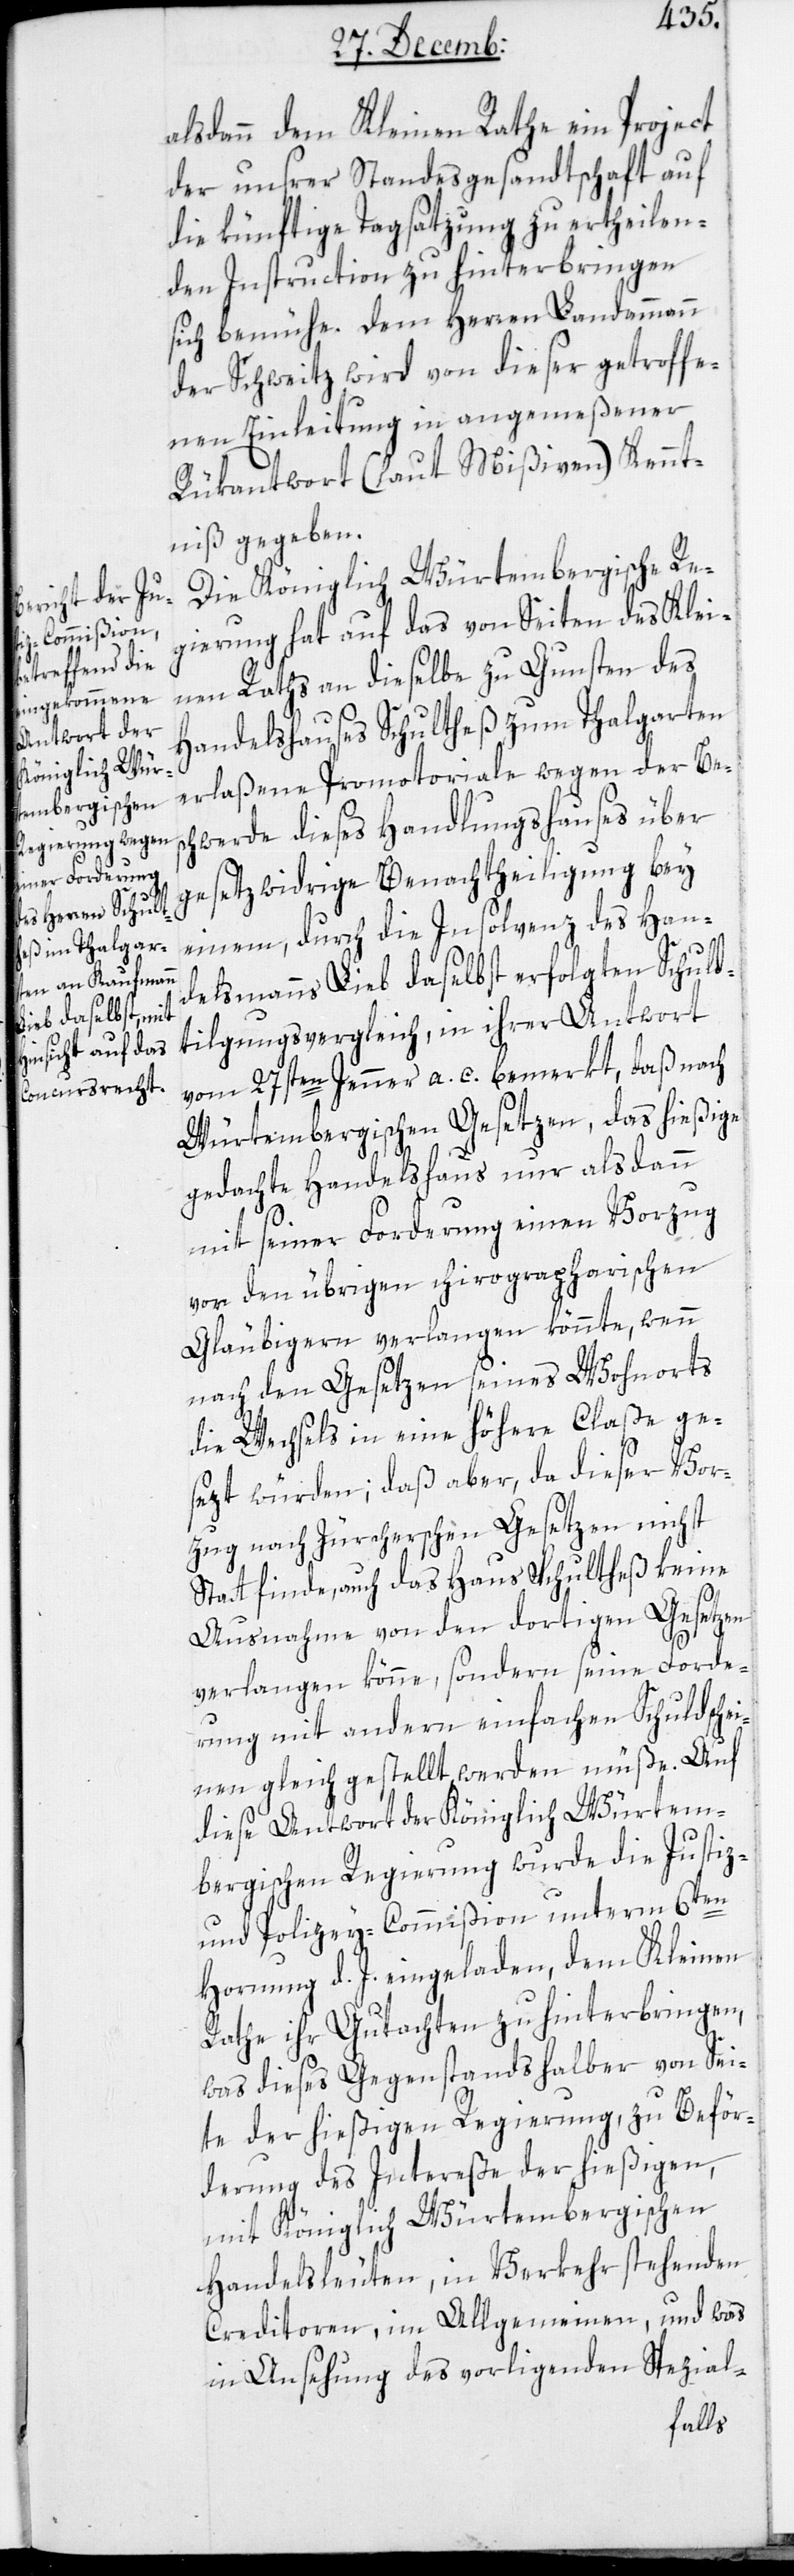
alsdann dem Kleinen Rathe ein Project
der unsrer Standesgesandtschaft auf
die künftige Tagsatzung zu ertheilen¬
den Instruction zu hinterbringen
sich bemühe. Dem Herren Landammann
der Schweitz wird von dieser getroffe¬
nen Einleitung in angemeßener
Rükantwort (laut Mißiven) Kennt¬
niß gegeben.
Die Königlich Würtembergische Re¬
gierung hat auf das von Seiten des Klei¬
nen Raths an dieselbe zu Gunsten des
Handelhauses Schultheß zum Thalgarten
erlaßene Promotoriale wegen der Bes¬
chwerde dieses Handlungshauses über
gesetzwidrige Benachtheiligung bey
einem, durch die Insolvenz des Han¬
delsmanns Lieb daselbst erfolgten Schuld¬
tilgungsvergleich, in ihrer Antwort
vom 27sten Jenner a. c. bemerkt, daß nach
Würtembergischen Gesetzen, das hießige
gedachte Handelshaus nur alsdann
mit seiner Forderung einen Vorzug
vor den übrigen chirographarischen
Gläubigern verlangen könnte, wenn
nach den Gesetzen seines Wohnorts
die Wechsels in eine höhere Claße ge¬
sezt würden; daß aber, da dieser Vor¬
zug nach Zürcherischen Gesetzen nicht
Statt finde, auch das Haus Schultheß keine
Ausnahme von den dortigen Gesetzen
verlangen könne, sondern seine Forde¬
rung mit andern einfachen Schuldschei¬
nen gleichgestellt werden müße. Auf
diese Antwort der Königlich Würtem¬
bergischen Regierung wurde die Justiz-
und Polizey-Commißion unterm 6ten
Hornung d. J. eingeladen, dem Kleinen
Rathe ihr Gutachten zu hinterbringen,
was dieses Gegenstandes halber von Sei¬
te der hießigen Regierung, zu Beför¬
derung des Intereße der hießigen,
mit Königlich Würtembergischen
Handelsleuten, in Verkehr stehenden
Creditoren, im Allgemeinen, und was
in Ansehung des vorliegenden Spezial-